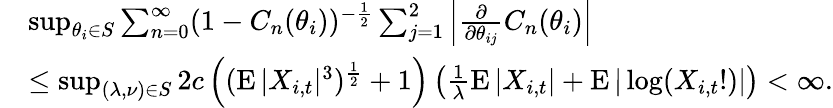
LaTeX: \begin{array}{rl}&{\operatorname*{sup}_{\theta_{i}\in S}\sum_{n=0}^{\infty}(1-C_{n}(\theta_{i}))^{-\frac{1}{2}}\sum_{j=1}^{2}\left|\frac{\partial}{\partial\theta_{ij}}C_{n}(\theta_{i})\right|}\\ &{\leq\operatorname*{sup}_{(\lambda,\nu)\in S}2c\left((\operatorname{E}|X_{i,t}|^{3})^{\frac{1}{2}}+1\right)\left(\frac{1}{\lambda}\operatorname{E}|X_{i,t}|+\operatorname{E}|\log(X_{i,t}!)|\right)<\infty.}\end{array}